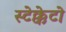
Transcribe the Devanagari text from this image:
स्टेक्केटो